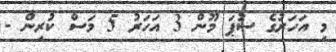
މި އަހަރުގެ ސުޕަ މޫން 3 އަހަރު 5 މަސް ކުރިން -